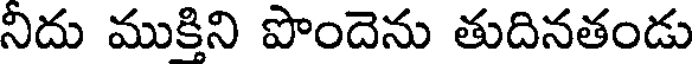
నిదు ముకిని పొందెను తుదినతండు